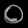
Digit: ၀